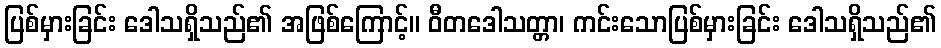
ပြစ်မှားခြင်း ဒေါသရှိသည်၏ အဖြစ်ကြောင့်။ ဝီတဒေါသတ္တာ၊ ကင်းသောပြစ်မှားခြင်း ဒေါသရှိသည်၏